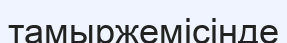
тамыржемісінде